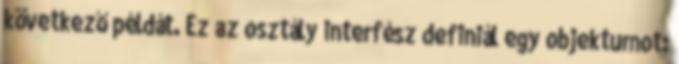
következő példát. Ez az osztály interfész definiál egy objektumot: